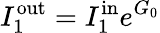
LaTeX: I_{1}^{\mathrm{out}}=I_{1}^{\mathrm{in}}e^{G_{0}}